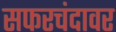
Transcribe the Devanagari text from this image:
सफरचंदावर